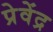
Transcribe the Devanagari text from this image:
प्रेवेंद्र